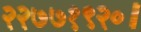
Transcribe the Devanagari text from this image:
२२७७१९२०।